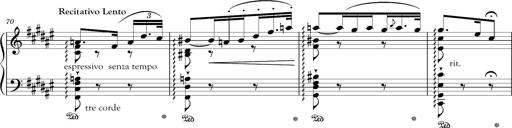
Title: Schlummerlied mit Arabesken
Composer: Franz Liszt
Key: F-sharp major